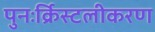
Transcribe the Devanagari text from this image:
पुनःर्क्रिस्टलीकरण